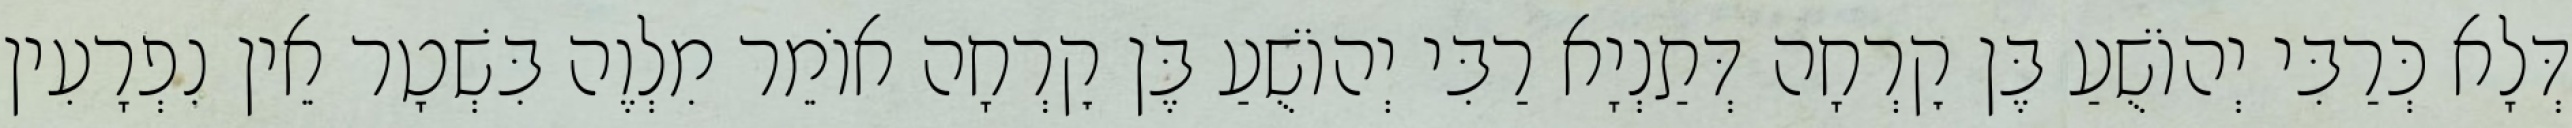
דְּלָא כְּרַבִּי יְהוֹשֻׁעַ בֶּן קׇרְחָה דְּתַנְיָא רַבִּי יְהוֹשֻׁעַ בֶּן קׇרְחָה אוֹמֵר מִלְוֶה בִּשְׁטָר אֵין נִפְרָעִין